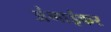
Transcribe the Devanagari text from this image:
अंभाईकर